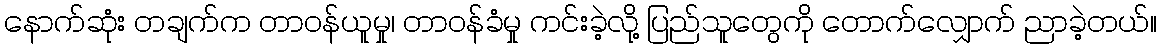
နောက်ဆုံး တချက်က တာဝန်ယူမှု၊ တာဝန်ခံမှု ကင်းခဲ့လို့ ပြည်သူတွေကို တောက်လျှောက် ညာခဲ့တယ်။